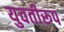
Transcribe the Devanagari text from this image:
युवतीरूप